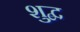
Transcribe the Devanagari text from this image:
शुद्ब